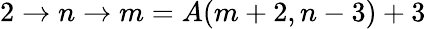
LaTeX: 2\rightarrow n\rightarrow m=A(m+2,n-3)+3